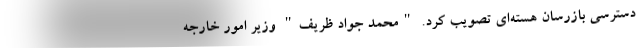
دسترسی بازرسان هسته‌ای تصویب کرد. "محمد جواد ظریف" وزیر امور خارجه